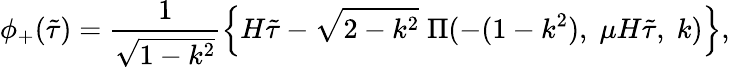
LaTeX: \phi_{+}(\tilde{\tau})=\frac{1}{\sqrt{1-k^{2}}}\left\{ H\tilde{\tau}-\sqrt{2-k^{2}}\; \Pi(-(1-k^{2}),\; \mu H\tilde{\tau},\; k)\right\} ,